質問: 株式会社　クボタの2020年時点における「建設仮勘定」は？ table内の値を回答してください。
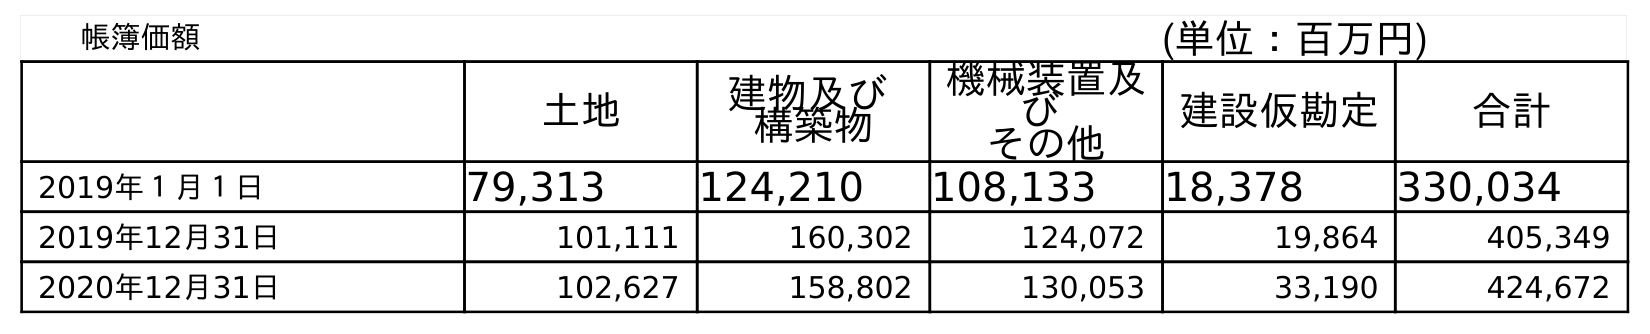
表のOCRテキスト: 帳簿価額 (単位：百万円) 土地 建物及び 構築物 機械装置及 び その他 建設仮勘定 合計 2019年１月１日 79,313 124,210 108,133 18,378 330,034 2019年12月31日 101,111 160,302 124,072 19,864 405,349 2020年12月31日 102,627 158,802 130,053 33,190 424,672
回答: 33,190